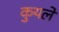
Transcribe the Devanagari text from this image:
कुयले